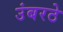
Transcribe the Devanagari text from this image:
उंबरठे